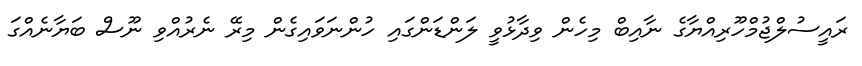
ރައީސުލްޖުމްހޫރިއްޔާގެ ނާއިބް މިހެން ވިދާޅުވީ ލަންޑަންގައި ހުންނަވައިގެން މިރޭ ނެރުއްވި ނޫސް ބަޔާނެއްގަ